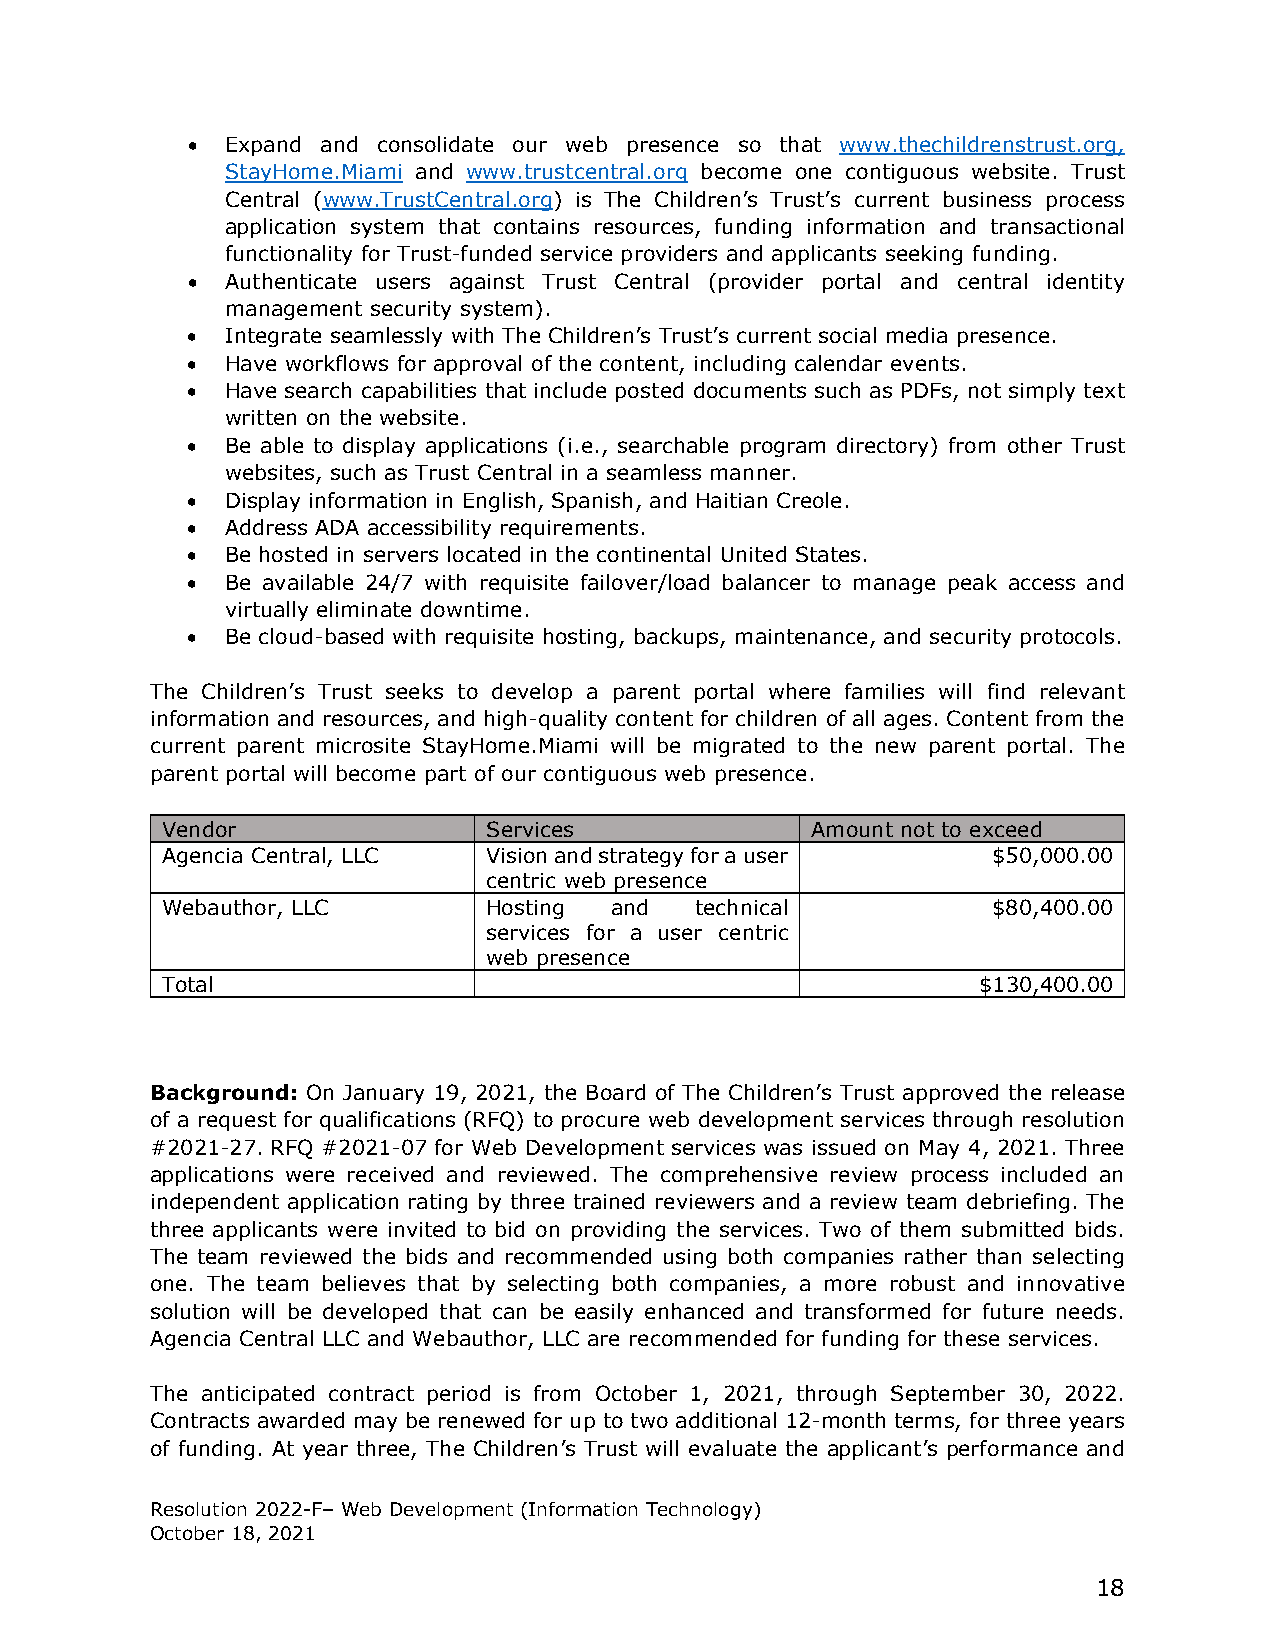
•  Expand and consolidate our web presence so that www.thechildrenstrust.org,
 StayHome.Miami and www.trustcentral.org become one contiguous website. Trust
 Central (www.TrustCentral.org) is The Children’s Trust’s current business process
 application system that contains resources, funding information and transactional
 functionality for Trust-funded service providers and applicants seeking funding.
 •  Authenticate users against Trust Central (provider portal and central identity
 management security system).
 •  Integrate seamlessly with The Children’s Trust’s current social media presence.
 •  Have workflows for approval of the content, including calendar events.
 •  Have search capabilities that include posted documents such as PDFs, not simply text
 written on the website.
 •  Be able to display applications (i.e., searchable program directory) from other Trust
 websites, such as Trust Central in a seamless manner.
 •  Display information in English, Spanish, and Haitian Creole.
 •  Address ADA accessibility requirements.
 •  Be hosted in servers located in the continental United States.
 •  Be available 24/7 with requisite failover/load balancer to manage peak access and
 virtually eliminate downtime.
 •  Be cloud-based with requisite hosting, backups, maintenance, and security protocols.
 The Children’s Trust seeks to develop a parent portal where families will find relevant
 information and resources, and high-quality content for children of all ages. Content from the
 current parent microsite StayHome.Miami will be migrated to the new parent portal. The
 parent portal will become part of our contiguous web presence.
 Vendor               Services              Amount not to exceed
 Agencia Central, LLC Vision and strategy for a user    $50,000.00
 centric web presence
 Webauthor, LLC       Hosting and   technical           $80,400.00
 services for a user centric
 web presence
 Total                                                 $130,400.00
 Background: On January 19, 2021, the Board of The Children’s Trust approved the release
 of a request for qualifications (RFQ) to procure web development services through resolution
 #2021-27. RFQ #2021-07 for Web Development services was issued on May 4, 2021. Three
 applications were received and reviewed. The comprehensive review process included an
 independent application rating by three trained reviewers and a review team debriefing. The
 three applicants were invited to bid on providing the services. Two of them submitted bids.
 The team reviewed the bids and recommended using both companies rather than selecting
 one. The team believes that by selecting both companies, a more robust and innovative
 solution will be developed that can be easily enhanced and transformed for future needs.
 Agencia Central LLC and Webauthor, LLC are recommended for funding for these services.
 The anticipated contract period is from October 1, 2021, through September 30, 2022.
 Contracts awarded may be renewed for up to two additional 12-month terms, for three years
 of funding. At year three, The Children’s Trust will evaluate the applicant’s performance and
 Resolution 2022-F– Web Development (Information Technology)
 October 18, 2021
 18